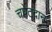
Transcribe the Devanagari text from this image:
चपेटदान